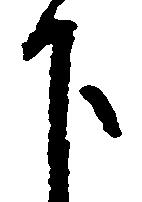
下